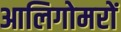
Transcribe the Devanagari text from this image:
आलिगोमरों